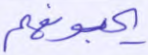
يحبونهم